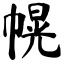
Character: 幌